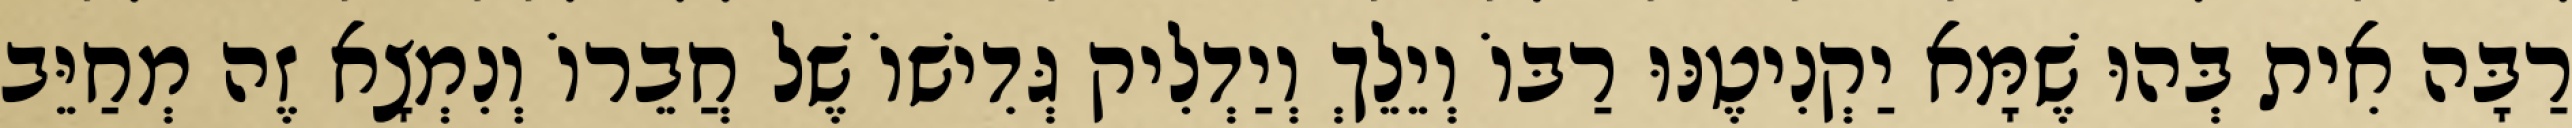
רַבָּה אִית בְּהוּ שֶׁמָּא יַקְנִיטֶנּוּ רַבּוֹ וְיֵלֵךְ וְיַדְלִיק גְּדִישׁוֹ שֶׁל חֲבֵרוֹ וְנִמְצָא זֶה מְחַיֵּב